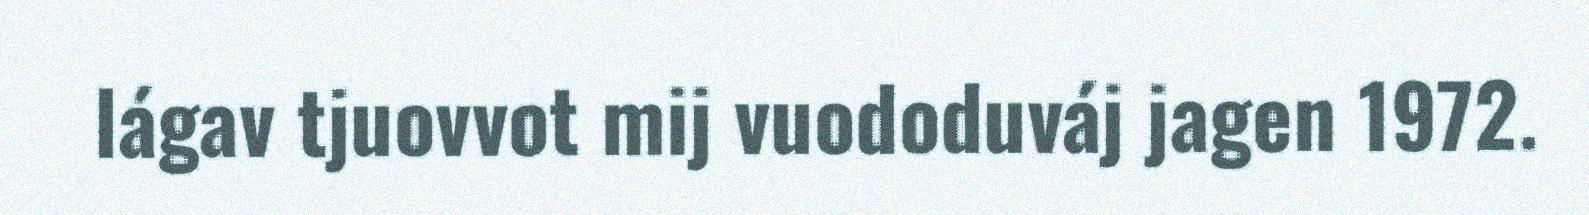
lágav tjuovvot mij vuododuváj jagen 1972.